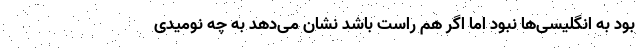
بود به انگلیسی‌ها نبود اما اگر هم راست باشد نشان می‌دهد به چه نومیدی‌